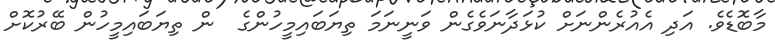
މާބޮޑެވެ. އަދި އެއުރެންނަށް ކުޅަދާނަވެގެން ވަނީނަމަ ތިޔަބައިމީހުންގެ  ން ތިޔަބައިމީހުން ބޭރުކޮށް